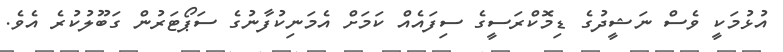
އުޅުމަކީ ވެސް ނަޝީދުގެ ޑިމޮކްރަސީގެ ސިފައެއް ކަމަށް އެމަނިކުފާނުގެ ސަޕޯޓަރުން ގަބޫލުކުރެ އެވެ.